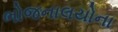
ભોજનાલયોના